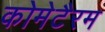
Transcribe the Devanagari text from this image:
कोमेटैरम